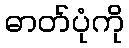
ဓာတ်ပုံကို